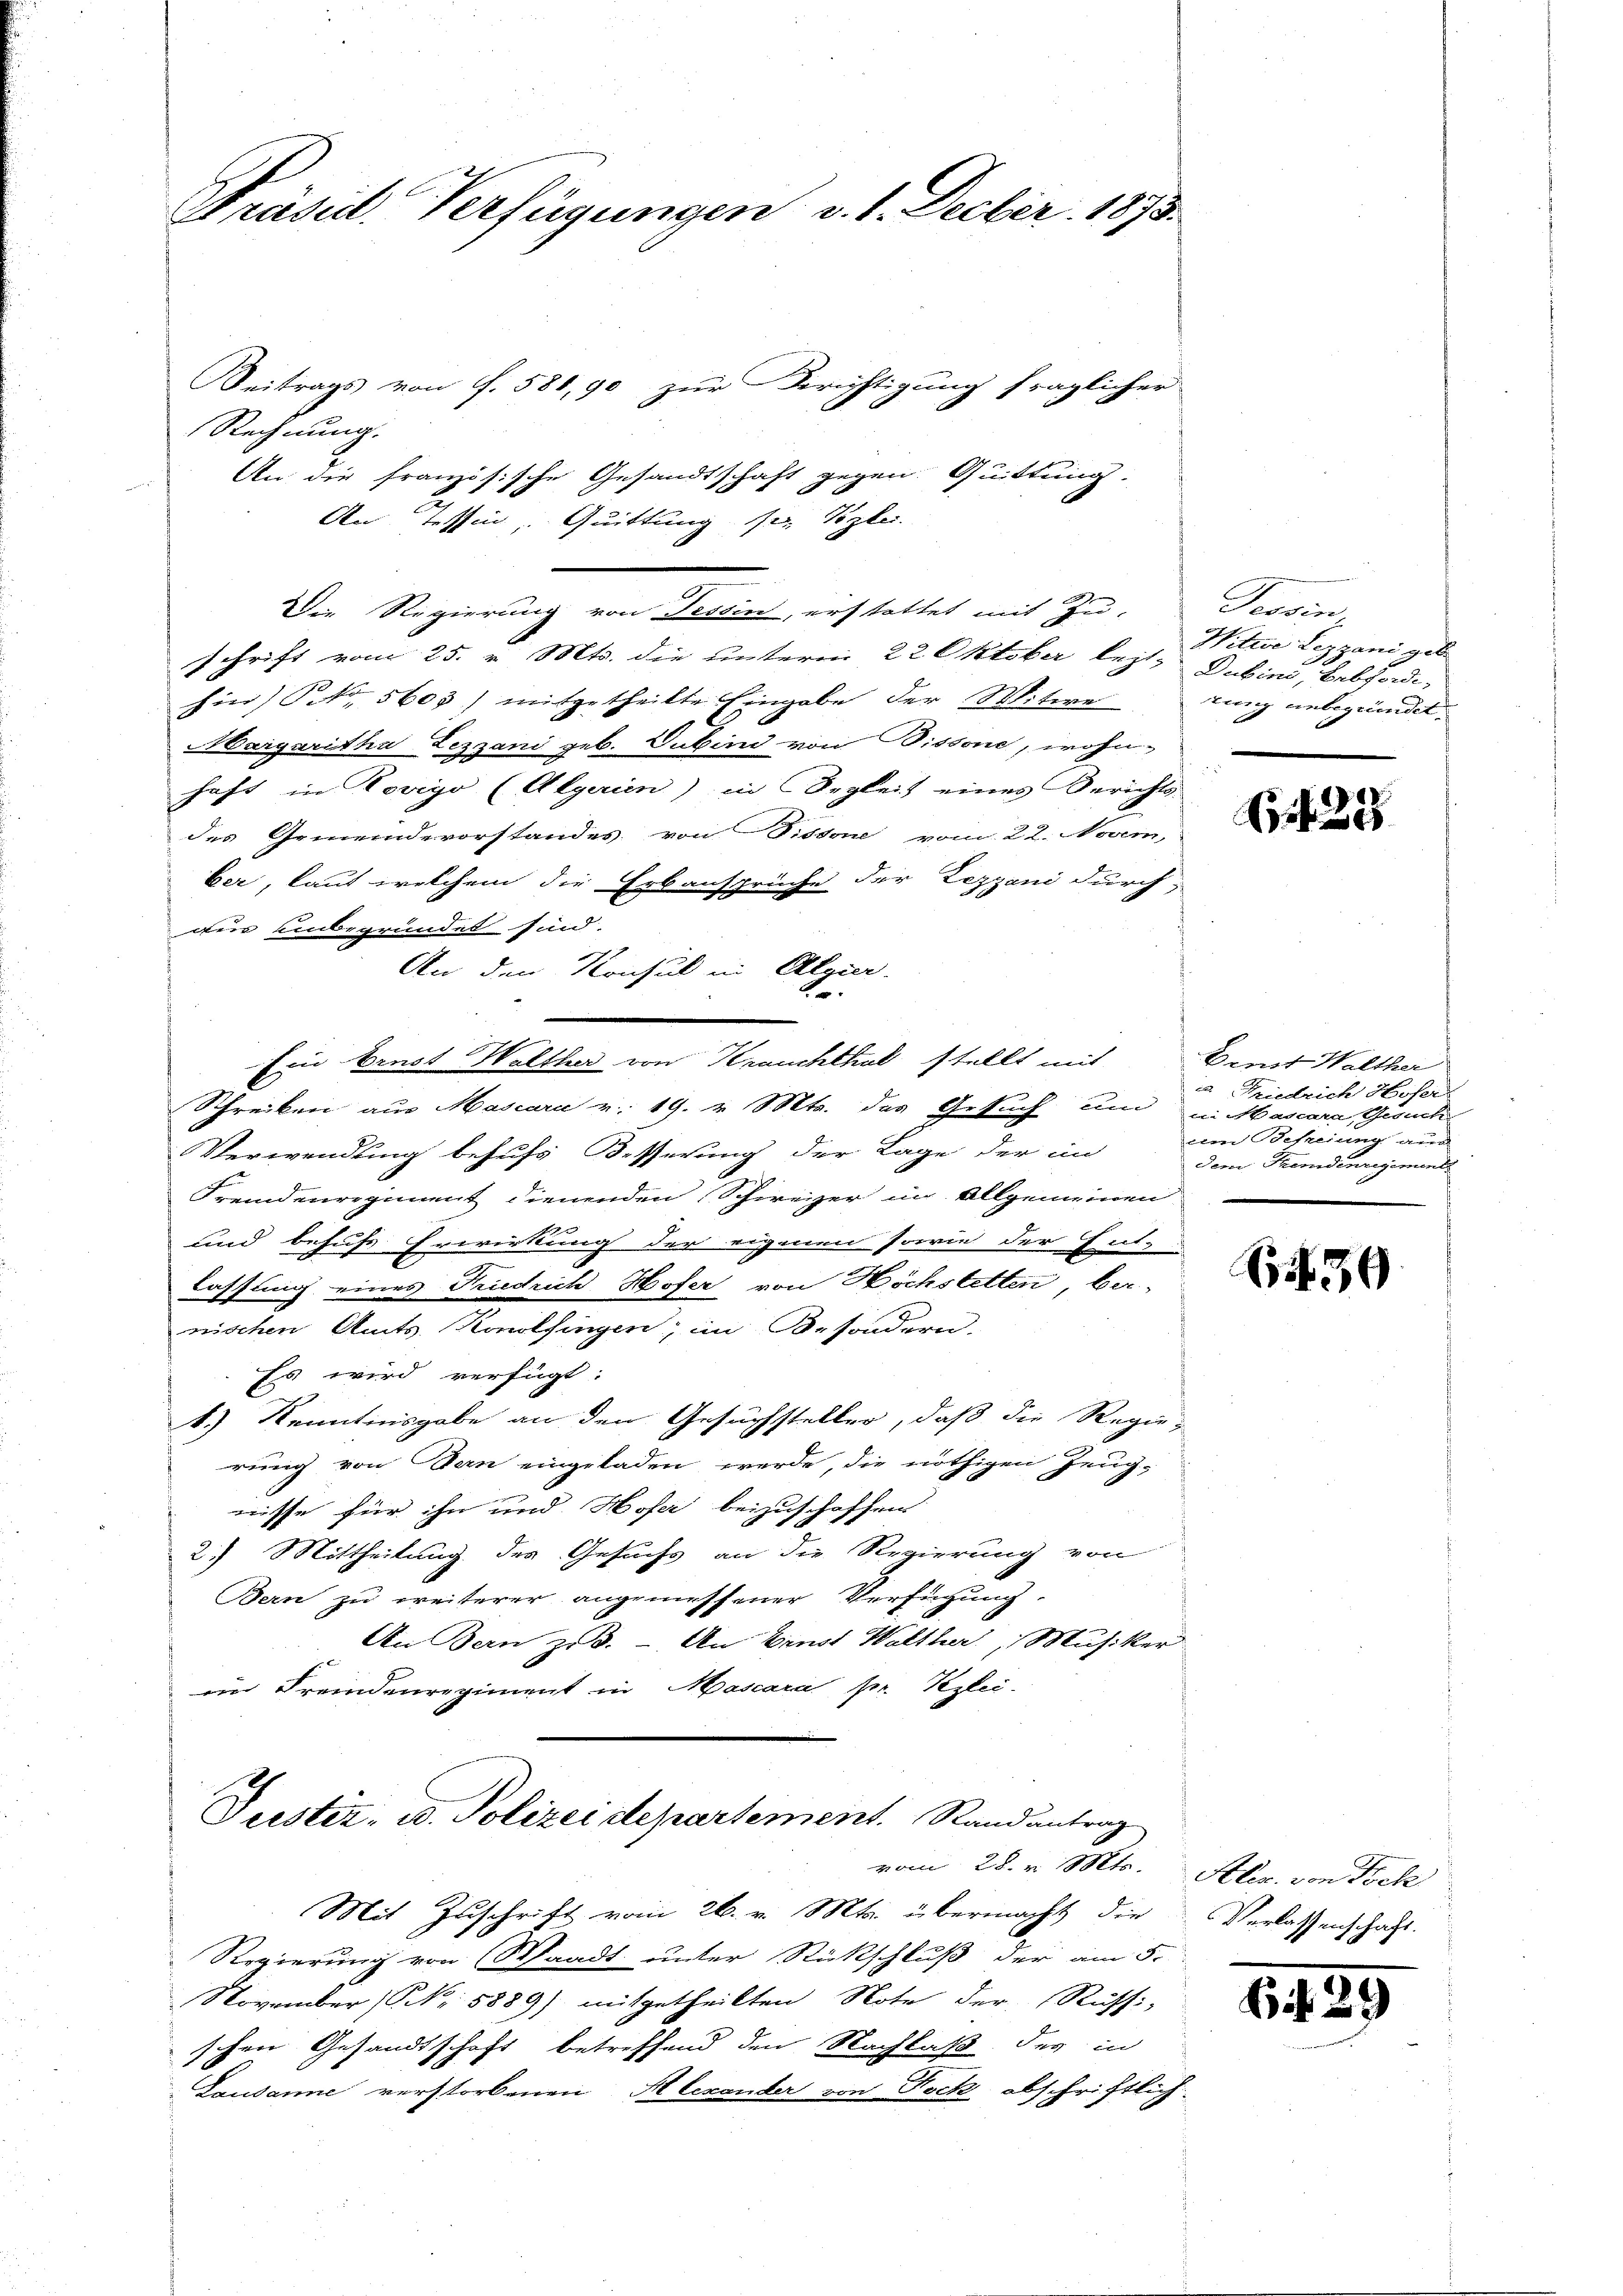
Präsid. Verfügungen v. 1. Decbr. 1873.

Beitrags von f. 581,90 zur Berichtigung fraglicher
Rechnung.
An die französische Gesandtschaft gegen Quittung.
An Tessin, Quittung ser Vizlei.
schrift vom 25. v. Mts. die unterm 22 Oktober lezt¬ Dubini, Bebfadi-
hin) S. 5603) mitgetheilte Eingabe der Witwe
Margaritha Lezzani geb. Subind von Pissone, wohn-
haft in Rovigo (Algerien) in Begleit eines Berichts-
des Gemeindevorstandes von Pissone vom 22. Novem,
ber, laut welchem die Erbansprüche der Lezzani durch
ger unbegründet sind.
An den Konsul in Algier
.
Ein Brust Walther von Krauchthal stellt mit
Schreiben aus Mascara v. 19. v. Mts. des Gesuch und in Mascara Gesuch
Verwendung behufs Besserung der Lage der im
Fremdenregiment dienenden Schweizer im Allgemeinen
und behufs Erwirkung der eigenen sowie der Ent-
lassung eines Friedrich Hofer von Höchstetten bei-
nischen Amts Konolfingen; im Besondern.
Es wird verfügt:
) Kenntnisgabe an den Gesuchsteller, daß die Regie-
rung von Bern eingeladen werde, die nöthigen Zeug-
nisse für ihn und Hose beizuschoffen
2.) Mittheilung des Gesuchs an die Regierung von
Bern zu weiterer angemessener Verfügung.
An Bern zu 3. - An Ernst Walther, Musiker
im Fremdenregiment in Mascara Hr. Pezlei-
Suster- u. Polizei departement. Randantrag
vom 28. v. Mts. Aller. von Fick
Mit Zuschrift vom 26. v. Mts. übermacht, die
Regierung von Waadt unter Rückschluß der am 5.
November (S. Nr. 5889) mitgetheilten Note der Russi-
schen Gesandtschaft betreffend den Nachlaß des in
Lausanne verstorbenen Alexander von Dock abschriftlich

Die Regierung von Tessin, erstattet mit Zu-

Tessin,
Wittwe Lezzani gele
tung unbegründet.

d
5 f 30

Dent Walther
u. Friedrich Hofer
am Befreiung auch
dem Themdenregiment

59

Verlassenschaft.

6 f 5